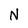
Character: N